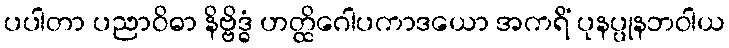
ပပါတာ ပညာဝိဓာ နိဗ္ဗိဒ္ဓံ ဟတ္ထိဂေါပကာဒယော အကရိံ ပုနပ္ပုနဘဝါယ